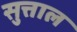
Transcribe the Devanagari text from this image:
सुत्ताल